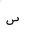
Letter: _sin